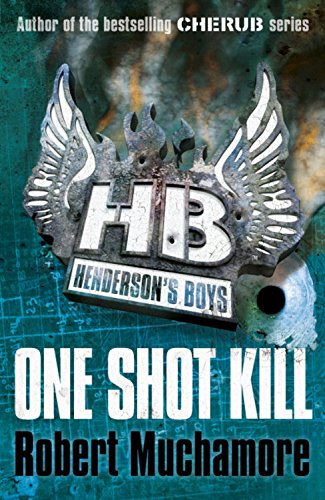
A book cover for One Shot Kill (Henderson's Boys); Robert Muchamore; Teen & Young Adult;